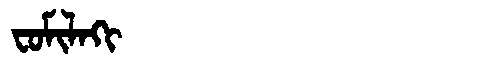
Manchu: ᠸᠣᠮᡳᠯᠠᡴᡳ
Romanization: FOMILAKI